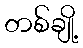
တစ်ချို့